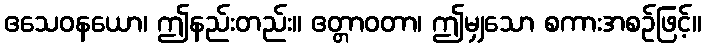
ဧသေဝနယော၊ ဤနည်းတည်း။ ဧတ္တာဝတာ၊ ဤမျှသော စကားအစဉ်ဖြင့်။